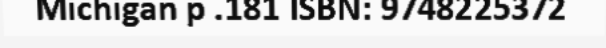
Michigan p .181 ISBN: 9748225372